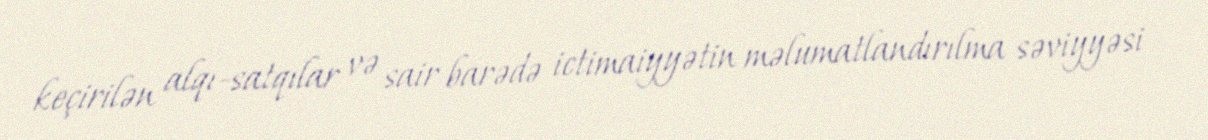
keçirilən alqı-satqılar və sair barədə ictimaiyyətin məlumatlandırılma səviyyəsi